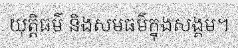
យុត្តិធម៌ និងសមធម៌ក្នុងសង្គម។